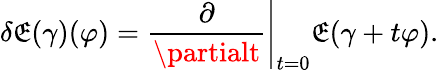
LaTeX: \delta\mathfrak{E}(\gamma)(\varphi)=\left.{\frac{{\partial}}{{\partialt}}}\right|_{t=0}\mathfrak{E}(\gamma+t\varphi).